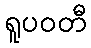
ရူပဝတီ